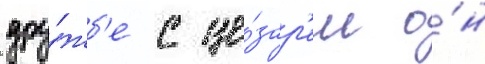
дру́жб'е с це́зар'ем о́н